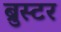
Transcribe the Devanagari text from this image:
ब्रुस्टर